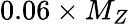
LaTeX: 0.06\times M_{Z}